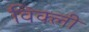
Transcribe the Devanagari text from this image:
विक्ली